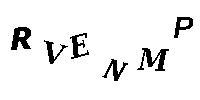
RVENMP